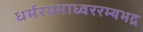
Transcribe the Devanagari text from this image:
धर्मरथमाध्वररम्यभद्र